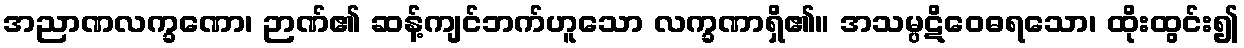
အညာဏလက္ခဏော၊ ဉာဏ်၏ ဆန့်ကျင်ဘက်ဟူသော လက္ခဏာရှိ၏။ အသမ္ပဋိဝေဓရသော၊ ထိုးထွင်း၍